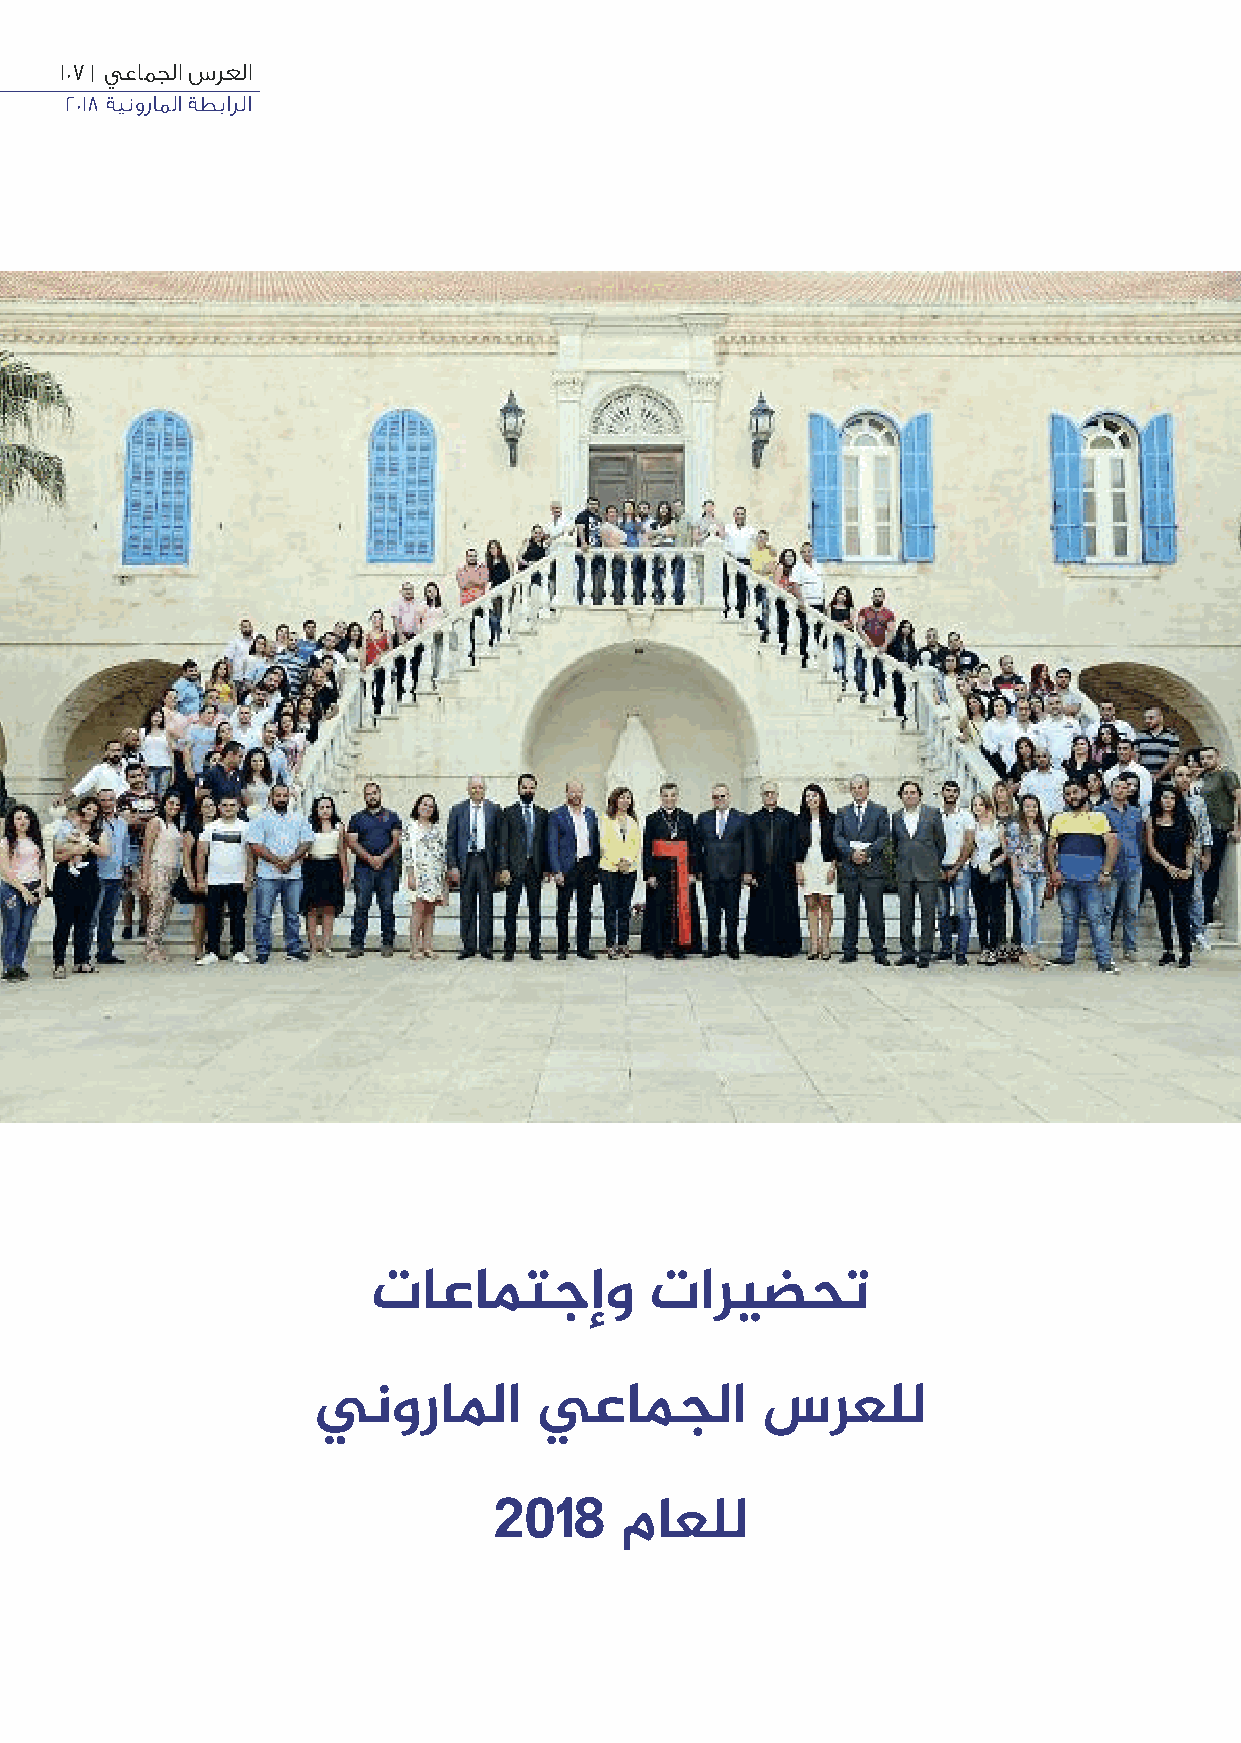
107 | يعامجلا سرعلا
 2018 ةينوراملا ةطبارلا
 تاعامتجإو         تاريضحت
 ينوراﳌا        يعامجلا       سرعلل
 2018    ماعلل